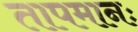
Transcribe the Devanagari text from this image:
तापमानः